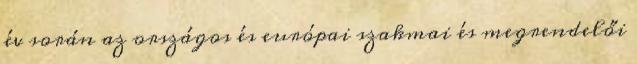
év során az országos és európai szakmai és megrendelői